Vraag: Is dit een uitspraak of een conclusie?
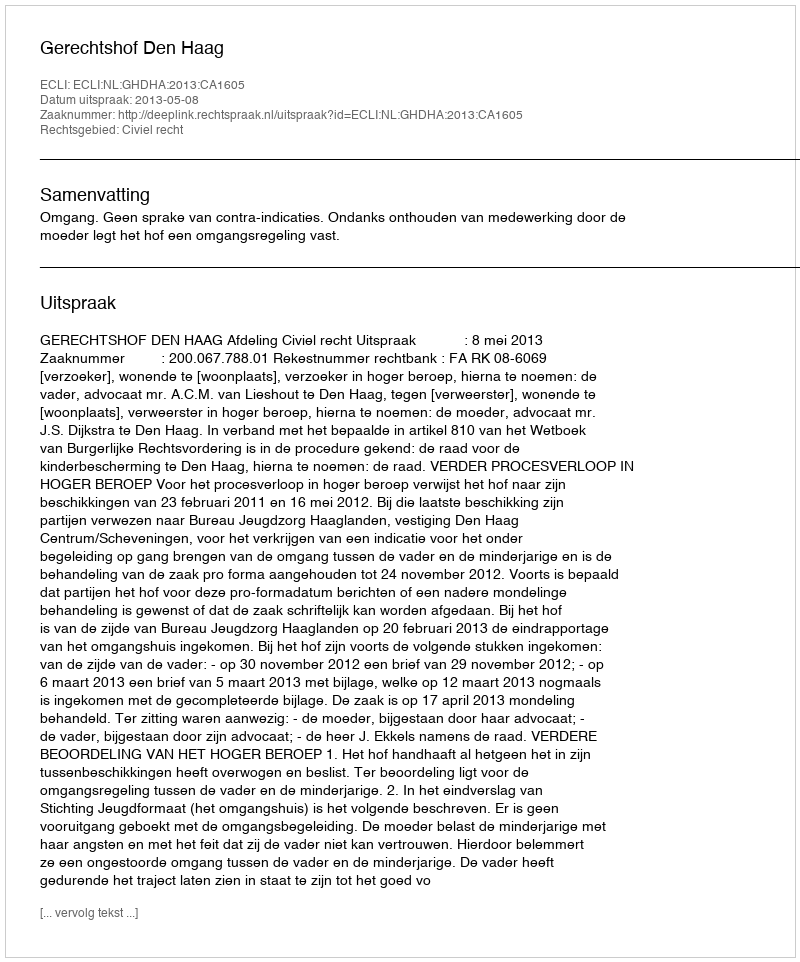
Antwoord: Uitspraak